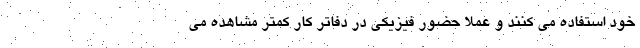
خود استفاده می کنند و عملا حضور فیزیکی در دفاتر کار کمتر مشاهده می